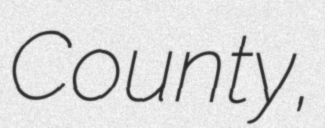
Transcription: County,